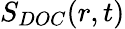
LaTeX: S_{DOC}(r,t)